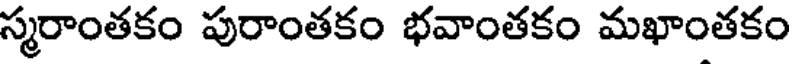
స్మరాంతకం పురాంతకం భవాంతకం మఖాంతకం